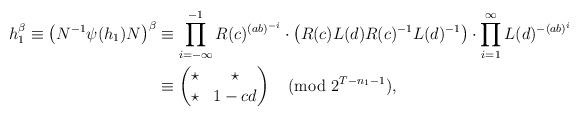
LaTeX: \begin{align*}\begin{aligned}h_1^\beta \equiv \left(N^{-1}\psi(h_1)N\right)^\beta & \equiv \prod_{i=-\infty}^{-1} R(c)^{(ab)^{-i}} \cdot \left(R(c)L(d)R(c)^{-1}L(d)^{-1}\right) \cdot \prod_{i=1}^\infty L(d)^{-(ab)^i} \\ & \equiv \left( \begin{matrix} \star & \star \\ \star & 1-cd \end{matrix} \right) \pmod{2^{T-n_1-1}},\end{aligned}\end{align*}